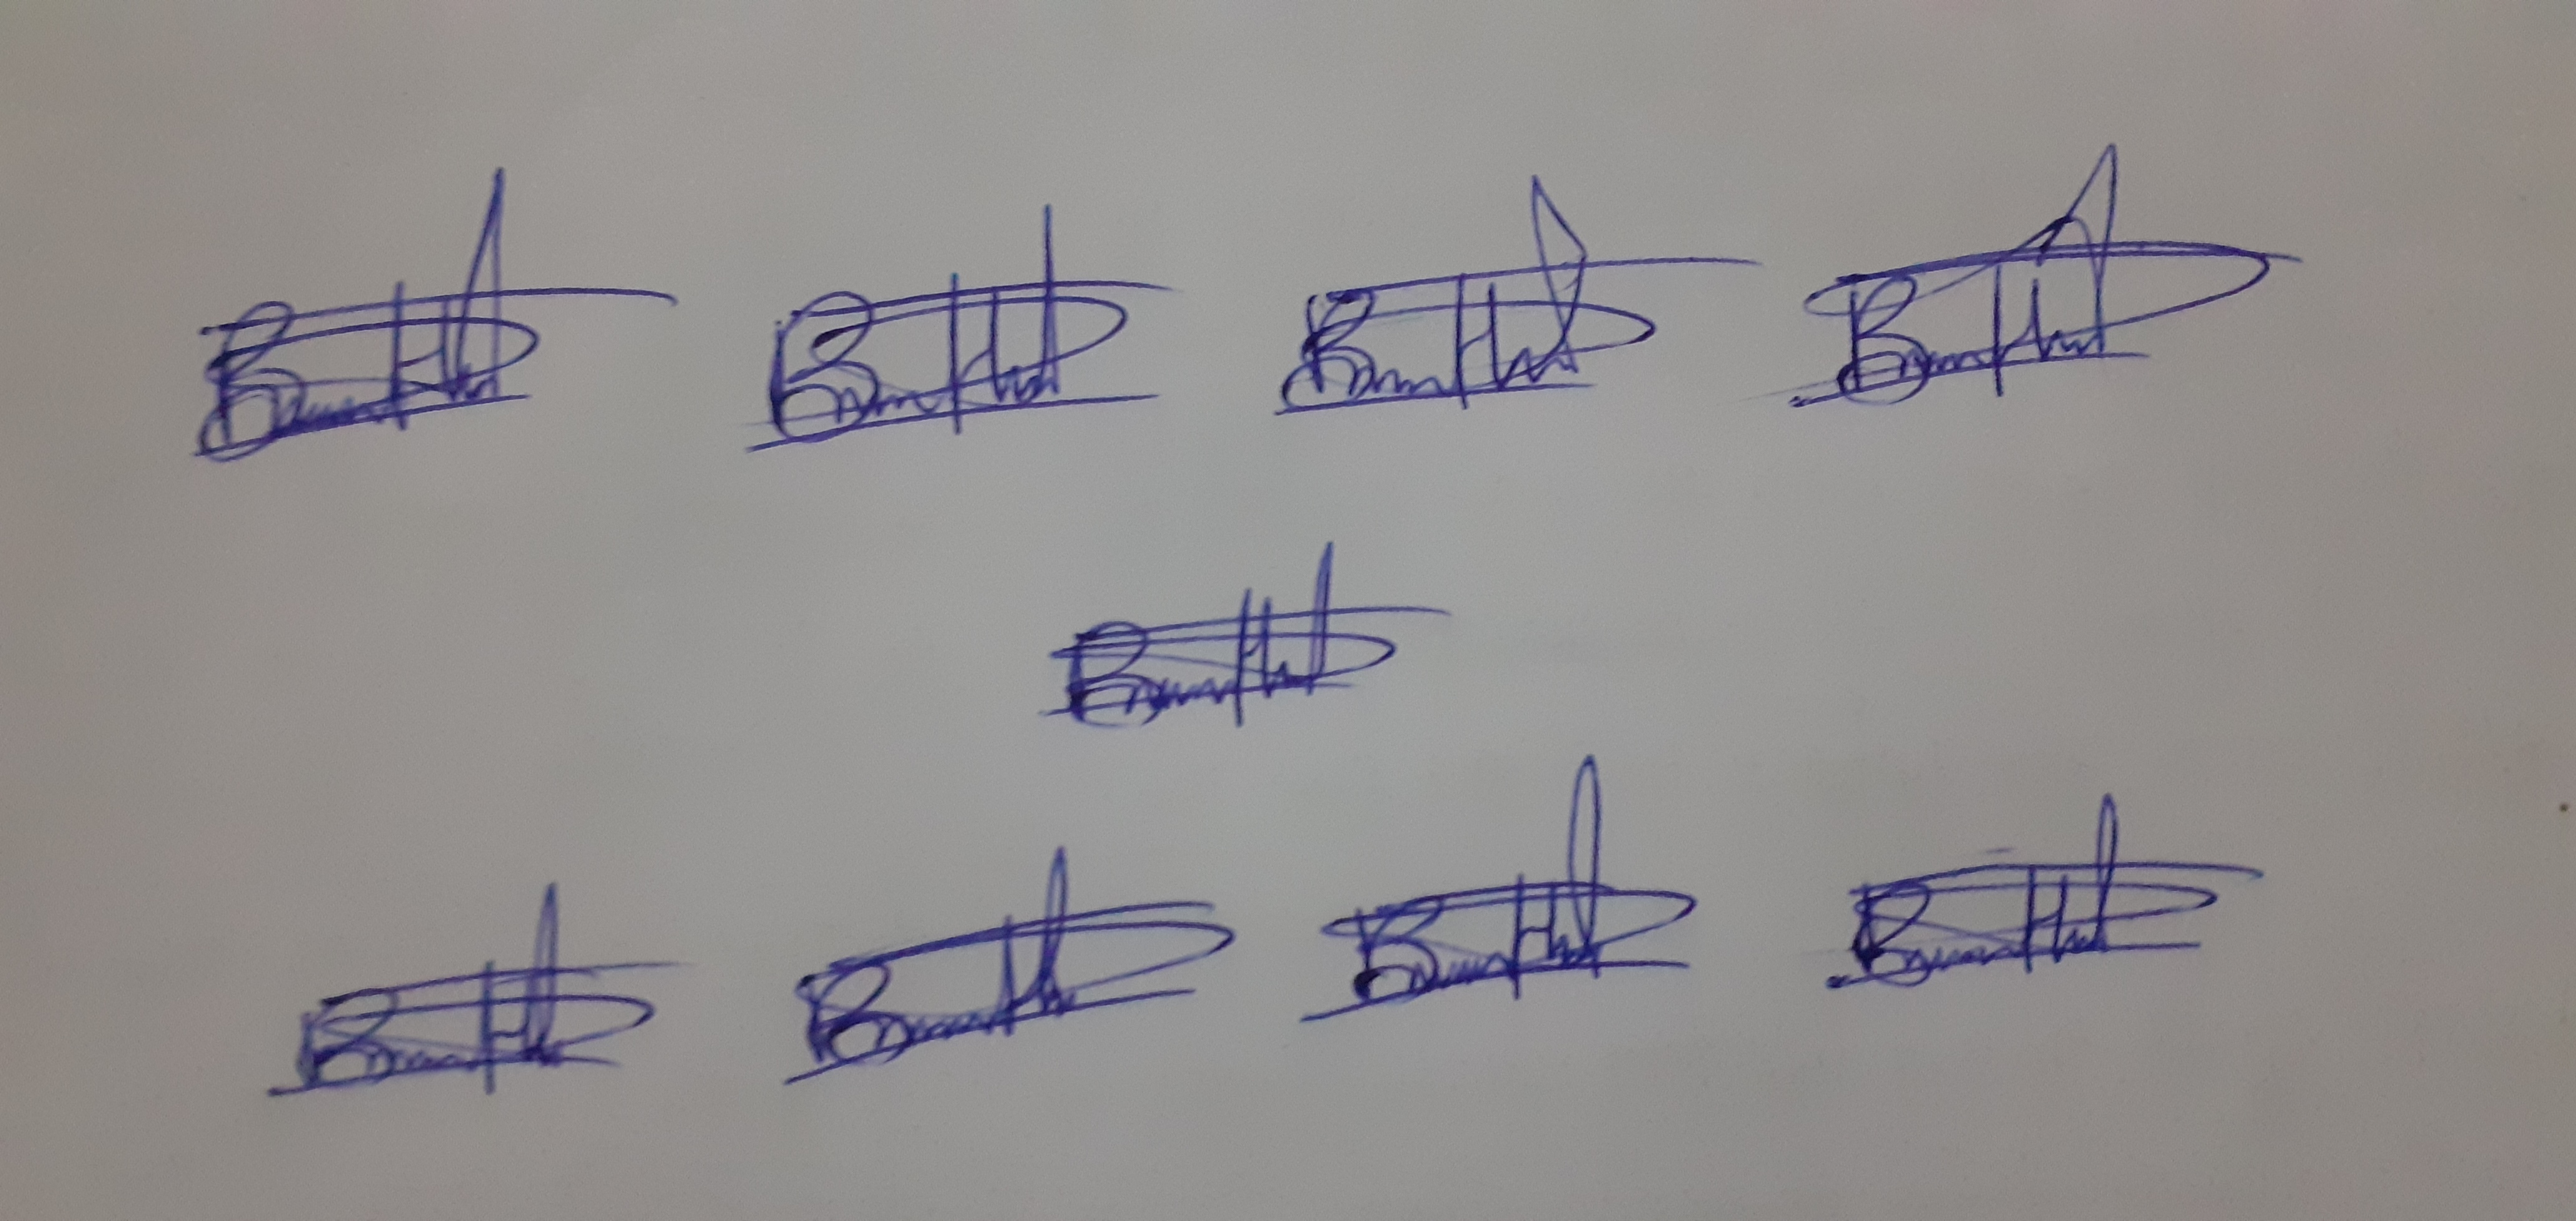
Signature authenticity: genuine